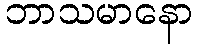
ဘာသမာနော